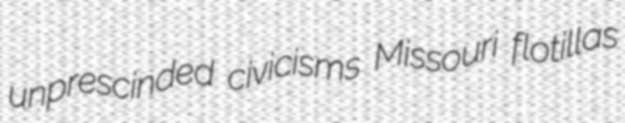
unprescinded civicisms Missouri flotillas